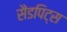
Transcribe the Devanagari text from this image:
सैंडपिट्स